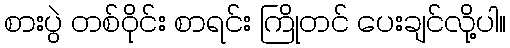
စားပွဲ တစ်ဝိုင်း စာရင်း ကြိုတင် ပေးချင်လို့ပါ။